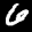
Label: 6